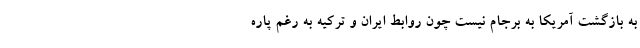
به بازگشت آمریکا به برجام نیست چون روابط ایران و ترکیه به رغم پاره